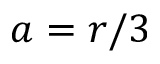
a = r / 3